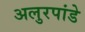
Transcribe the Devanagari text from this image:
अलुरपांडे